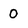
Character: 0